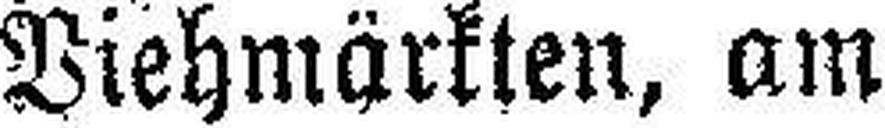
Viehmärkten, am